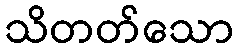
သိတတ်သော